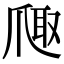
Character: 𪺐